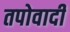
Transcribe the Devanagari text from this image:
तपोवादी